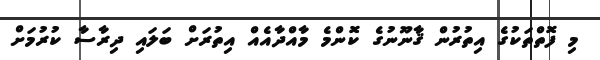
މި ފޮތްތަކުގެ އިތުރުން ޤާނޫނުގެ ކޮންމެ މާއްދާއެއް އިތުރަށް ބަލައި ދިރާސާ ކުރުމަށް